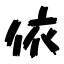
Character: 依